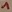
Text: 1